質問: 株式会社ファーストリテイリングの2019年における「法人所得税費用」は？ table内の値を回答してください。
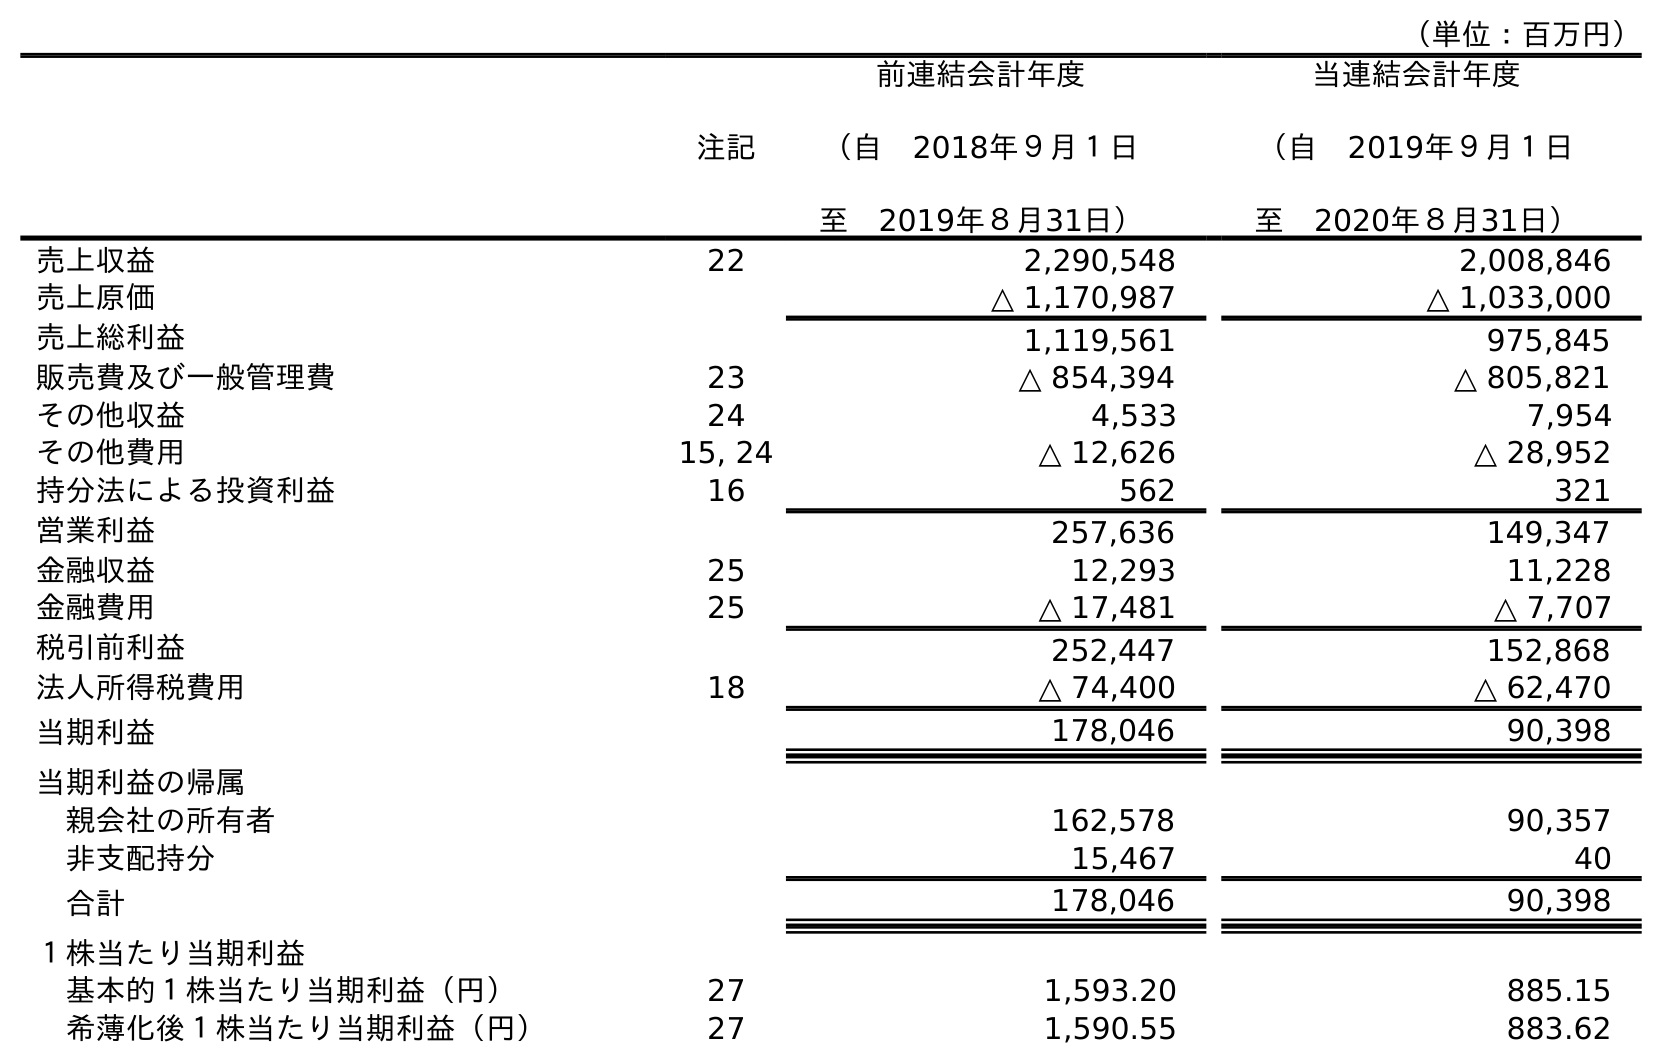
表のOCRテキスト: （単位：百万円） 注記 前連結会計年度 （自 2018年９月１日 至 2019年８月31日） 当連結会計年度 （自 2019年９月１日 至 2020年８月31日） 売上収益 22 2,290,548 2,008,846 売上原価 △ 1,170,987 △ 1,033,000 売上総利益 1,119,561 975,845 販売費及び一般管理費 23 △ 854,394 △ 805,821 その他収益 24 4,533 7,954 その他費用 15, 24 △ 12,626 △ 28,952 持分法による投資利益 16 562 321 営業利益 257,636 149,347 金融収益 25 12,293 11,228 金融費用 25 △ 17,481 △ 7,707 税引前利益 252,447 152,868 法人所得税費用 18 △ 74,400 △ 62,470 当期利益 178,046 90,398 当期利益の帰属 親会社の所有者 162,578 90,357 非支配持分 15,467 40 合計 178,046 90,398 １株当たり当期利益 基本的１株当たり当期利益（円） 27 1,593.20 885.15 希薄化後１株当たり当期利益（円） 27 1,590.55 883.62
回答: △74,400